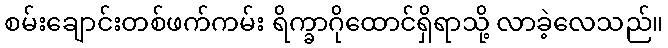
စမ်းချောင်းတစ်ဖက်ကမ်း ရိက္ခာဂိုထောင်ရှိရာသို့ လာခဲ့လေသည်။